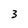
Character: 3